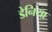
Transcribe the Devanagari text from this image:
डेनिया